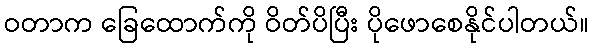
ဝတာက ခြေထောက်ကို ဝိတ်ပိပြီး ပိုဖောစေနိုင်ပါတယ်။